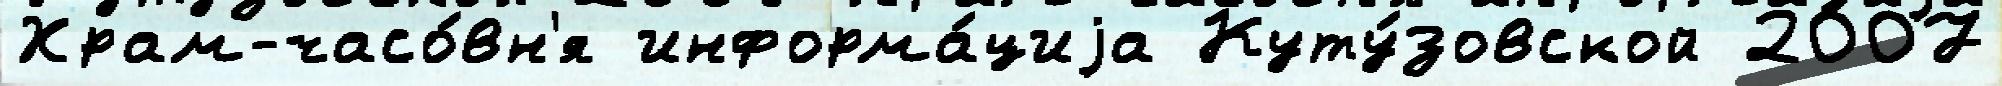
Храм-часо́вн'я информа́циjа Куту́зовской 2007